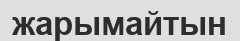
жарымайтын